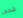
شخص